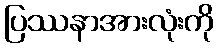
ပြဿနာအားလုံးကို